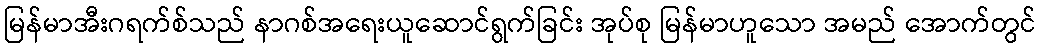
မြန်မာအီးဂရက်စ်သည် နာဂစ်အရေးယူဆောင်ရွက်ခြင်း အုပ်စု မြန်မာဟူသော အမည် အောက်တွင်